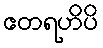
ဧတရဟိပိ